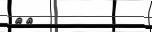
٥٥